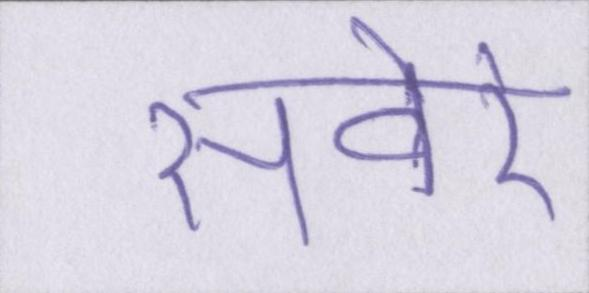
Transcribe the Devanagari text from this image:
सवेरे